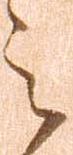
之